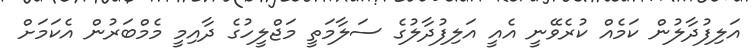
އަލިފުދާލުން ކަމެއް ކުރެވޭނީ އެއީ އަލިފުދާލުގެ ސަލާމަތީ މަޖްލީހުގެ ދާއިމީ މެމްބަރުން އެކަމަށް